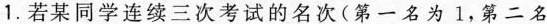
1.若某同学连续三次考试的名次(第一名为1，第二名